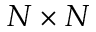
N \times N